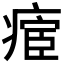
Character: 𱱛